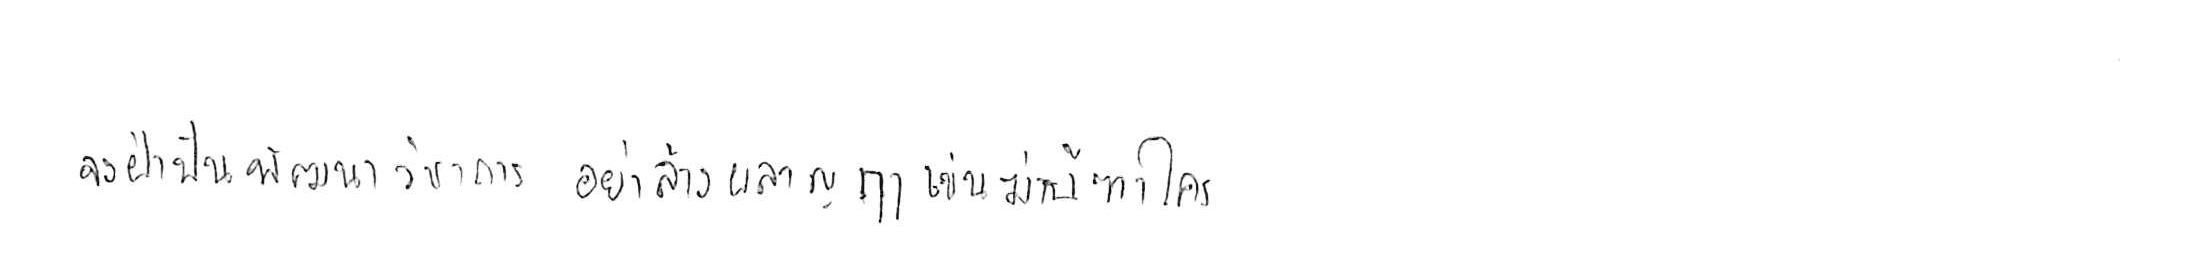
จงฝ่าฟันพัฒนาวิชาการ อย่าล้างผลาญฤๅเข่นฆ่าบีฑาใคร